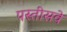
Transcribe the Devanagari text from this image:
पस्तीसवे